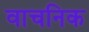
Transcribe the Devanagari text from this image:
वाचनिक